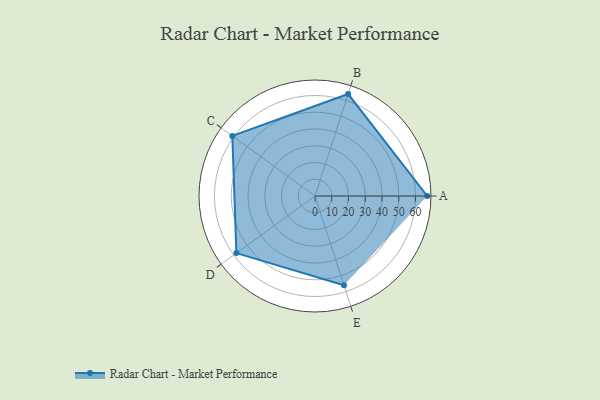
{"axis": {"x": "Skill", "y": "Score"}, "legend": ["Profile"], "data": [{"x": "A", "y": 67.0, "type": "Profile"}, {"x": "B", "y": 64.0, "type": "Profile"}, {"x": "C", "y": 61.0, "type": "Profile"}, {"x": "D", "y": 58.0, "type": "Profile"}, {"x": "E", "y": 56.0, "type": "Profile"}]}